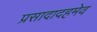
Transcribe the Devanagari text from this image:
प्रसादादहमेव